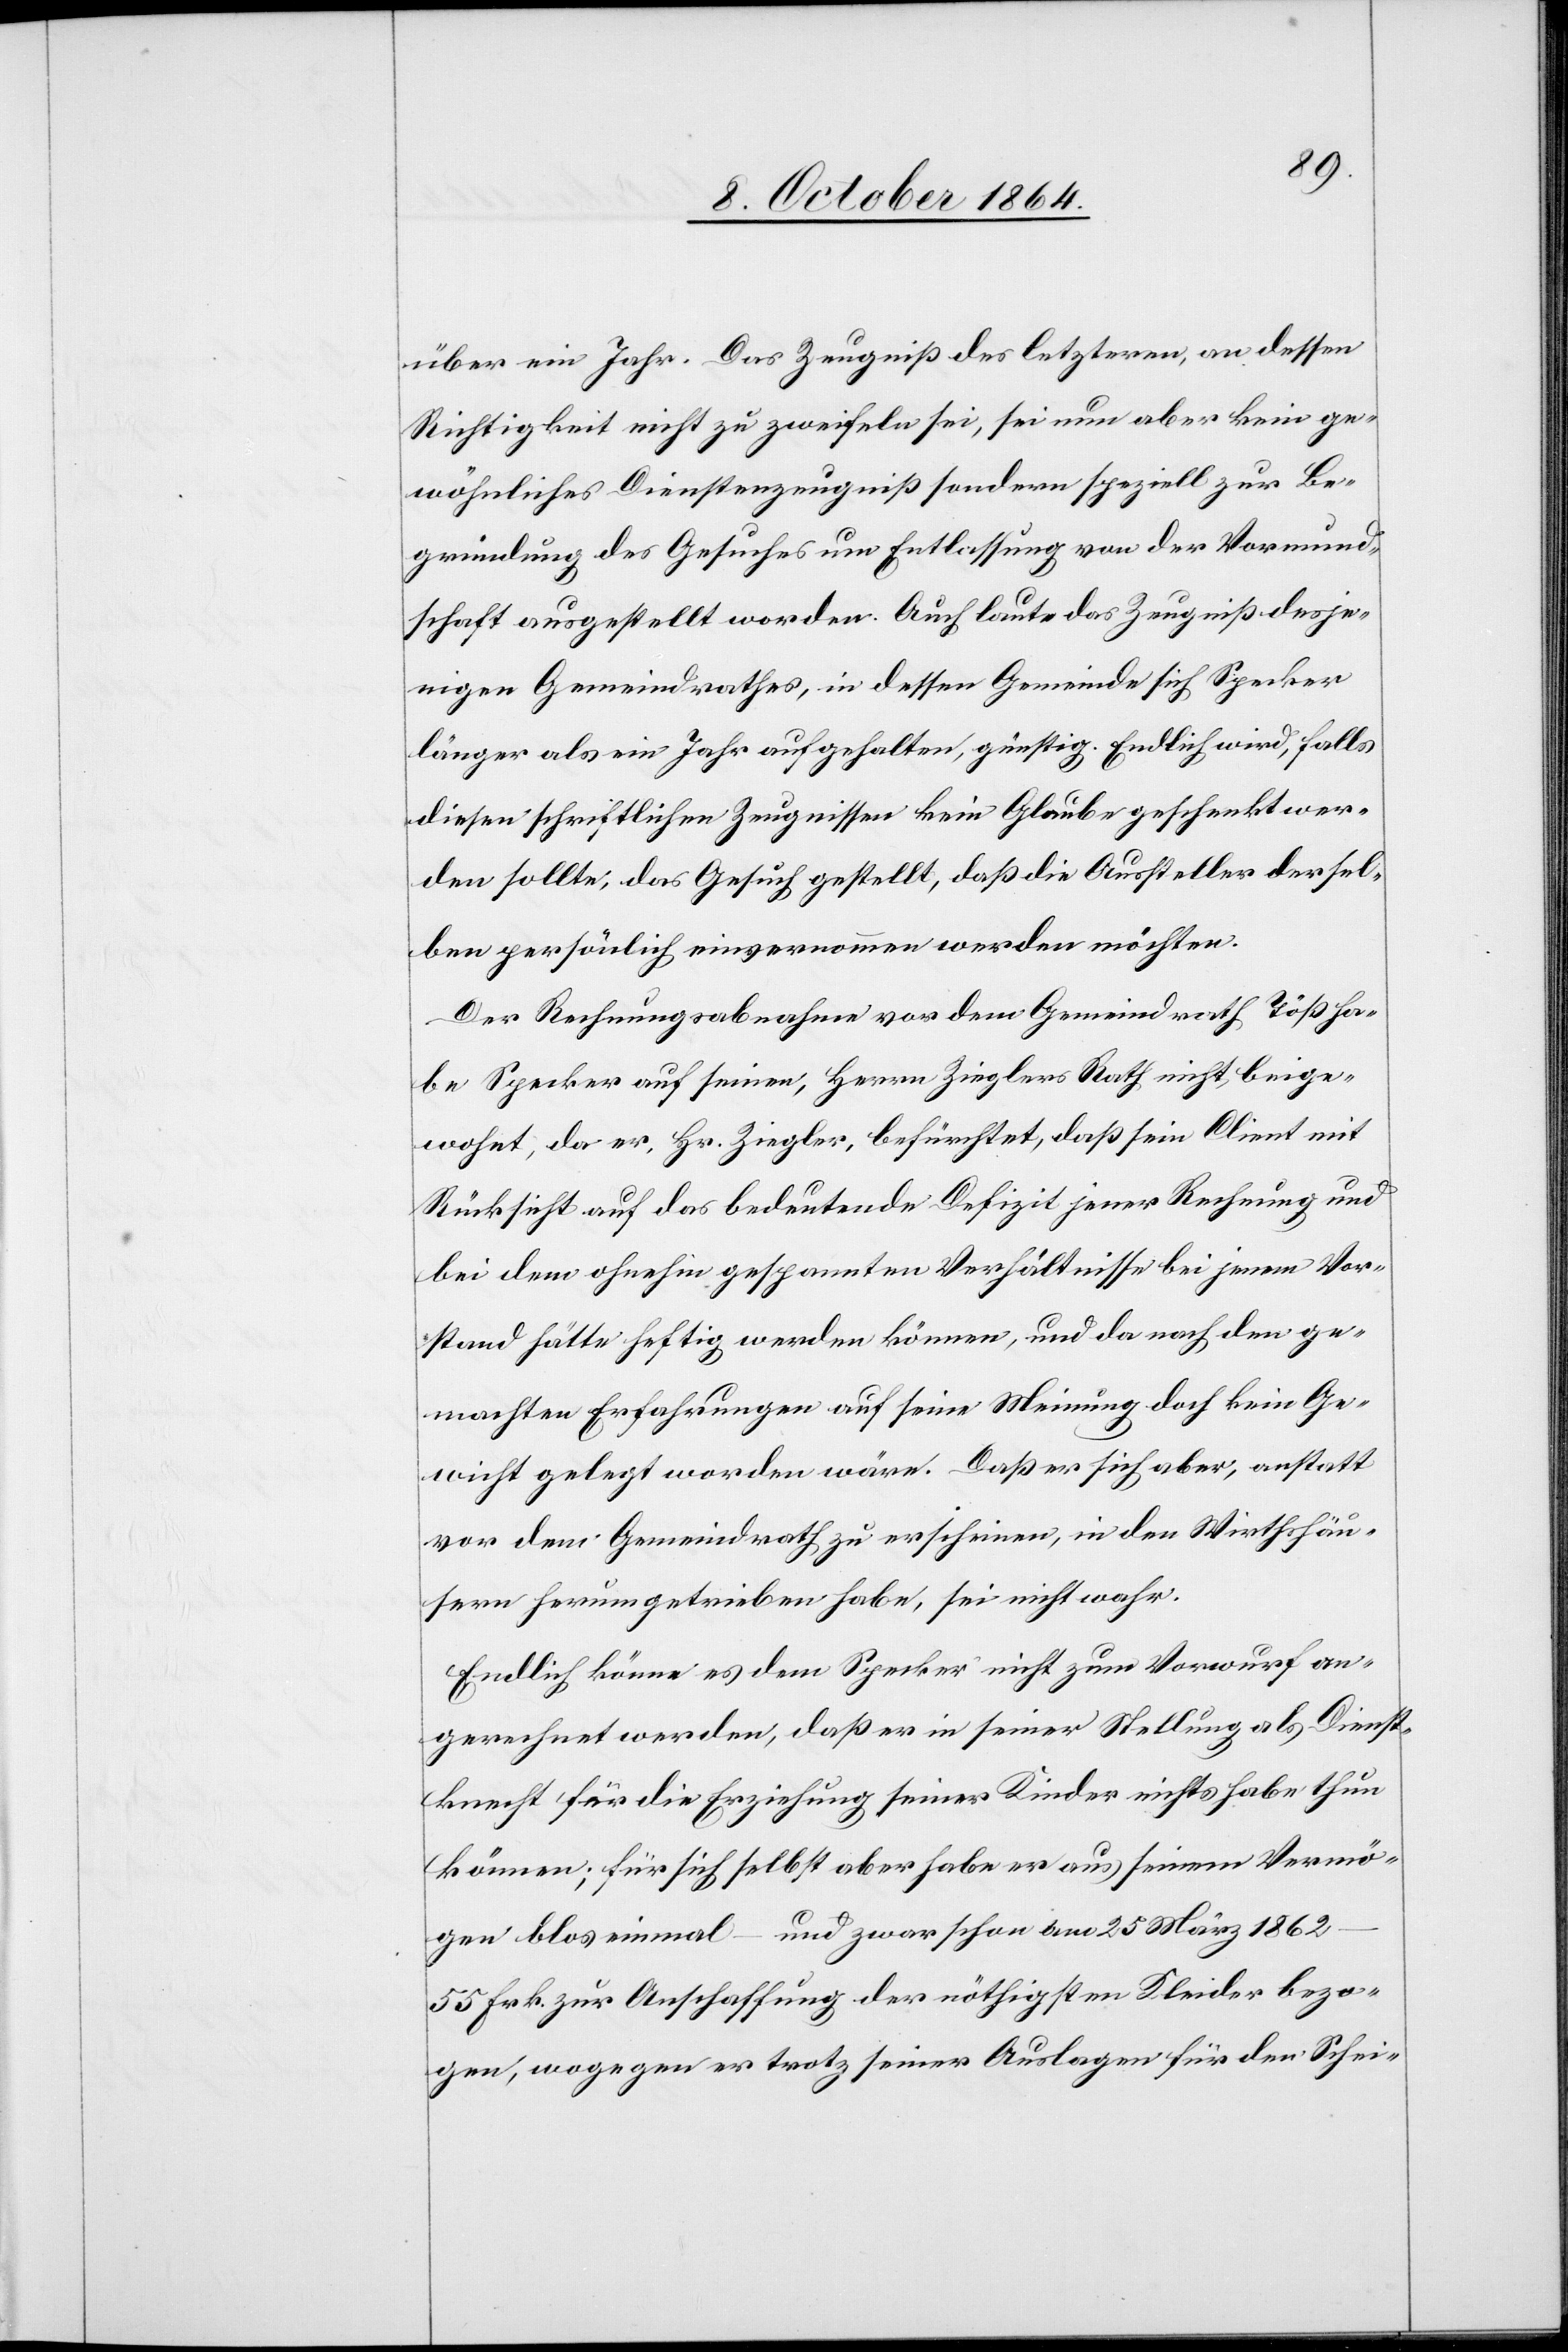
über ein Jahr. Das Zeugniß des letzteren, an dessen
Richtigkeit nicht zu zweifeln sei, sei nun aber kein ge¬
wöhnliches Dienstzeugniß sondern speziell zur Be¬
gründung des Gesuches um Entlassung von der Vormund¬
schaft ausgestellt worden. Auch laute das Zeugniß desje¬
nigen Gemeindrathes, in dessen Gemeinde sich Specker
länger als ein Jahr aufgehalten, günstig. Endlich wird, falls
diesen schriftlichen Zeugnissen kein Glaube geschenkt wer¬
den sollte, das Gesuch gestellt, daß die Aussteller dersel¬
ben persönlich einvernommen werden möchten.
Der Rechnungsabnahme vor dem Gemeindrath Töß ha¬
be Specker auf seinen, Herrn Zieglers Rath nicht beige¬
wohnt, da er, Hr. Ziegler, befürchtet, daß sein Client mit
Rücksicht auf das bedeutende Defizit jener Rechnung und
bei dem ohnehin gespannten Verhältnisse bei jenem Vor¬
stand hätte heftig werden können, und da nach den ge¬
machten Erfahrungen auf seine Meinung doch kein Ge¬
wicht gelegt worden wäre. Daß er sich aber, anstatt
vor dem Gemeindrath zu erscheinen, in den Wirthshäu¬
sern herumgetrieben habe, sei nicht wahr.
Endlich könne es dem Specker nicht zum Vorwurf an¬
gerechnet werden, daß er in seiner Stellung als Dienst¬
knecht für die Erziehung seiner Kinder nichts habe thun
können; für sich selbst aber habe er aus seinem Vermö¬
gen blos einmal – und zwar schon am 25 März 1862
55 Frk. zur Anschaffung der nöthigen Kleider bezo¬
gen, wogegen er trotz seiner Auslagen für den Schei-